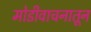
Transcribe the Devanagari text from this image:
मोडीवाचनातून